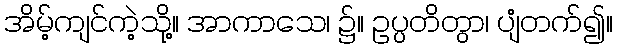
အိမ့်ကျင်ကဲ့သို့။ အာကာသေ၊ ၌။ ဥပ္ပတိတွာ၊ ပျံတက်၍။